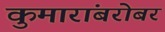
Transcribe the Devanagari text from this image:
कुमारांबरोबर